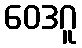
ဝေဒဂူ